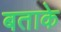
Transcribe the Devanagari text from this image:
बताके